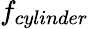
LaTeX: f_{cylinder}